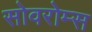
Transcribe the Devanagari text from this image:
सोवरोम्स